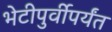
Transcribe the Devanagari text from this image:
भेटीपुर्वीपर्यंत